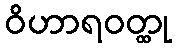
ဝိဟာရဝတ္ထု